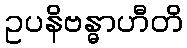
ဥပနိဗန္ဓာဟီတိ